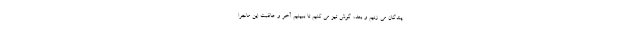
یندگان می زنیم و بعد، گوش تیز می کنیم تا ببینیم آخر و عاقبت این ماجرا